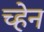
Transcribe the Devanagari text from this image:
च्हेन